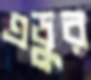
এডুর